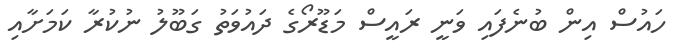
ހައުސް އިން ބުނެފައި ވަނީ ރައީސް މަޑޫރޯގެ ދައުވަތު ގަބޫލު ނުކުރާ ކަމަށާއި